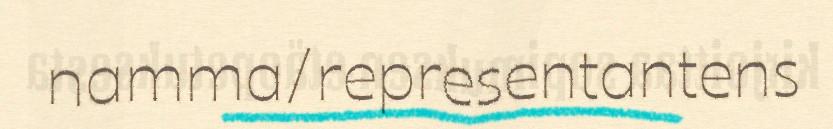
namma/representantens